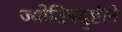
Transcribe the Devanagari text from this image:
ज्योतिषदृष्टीने